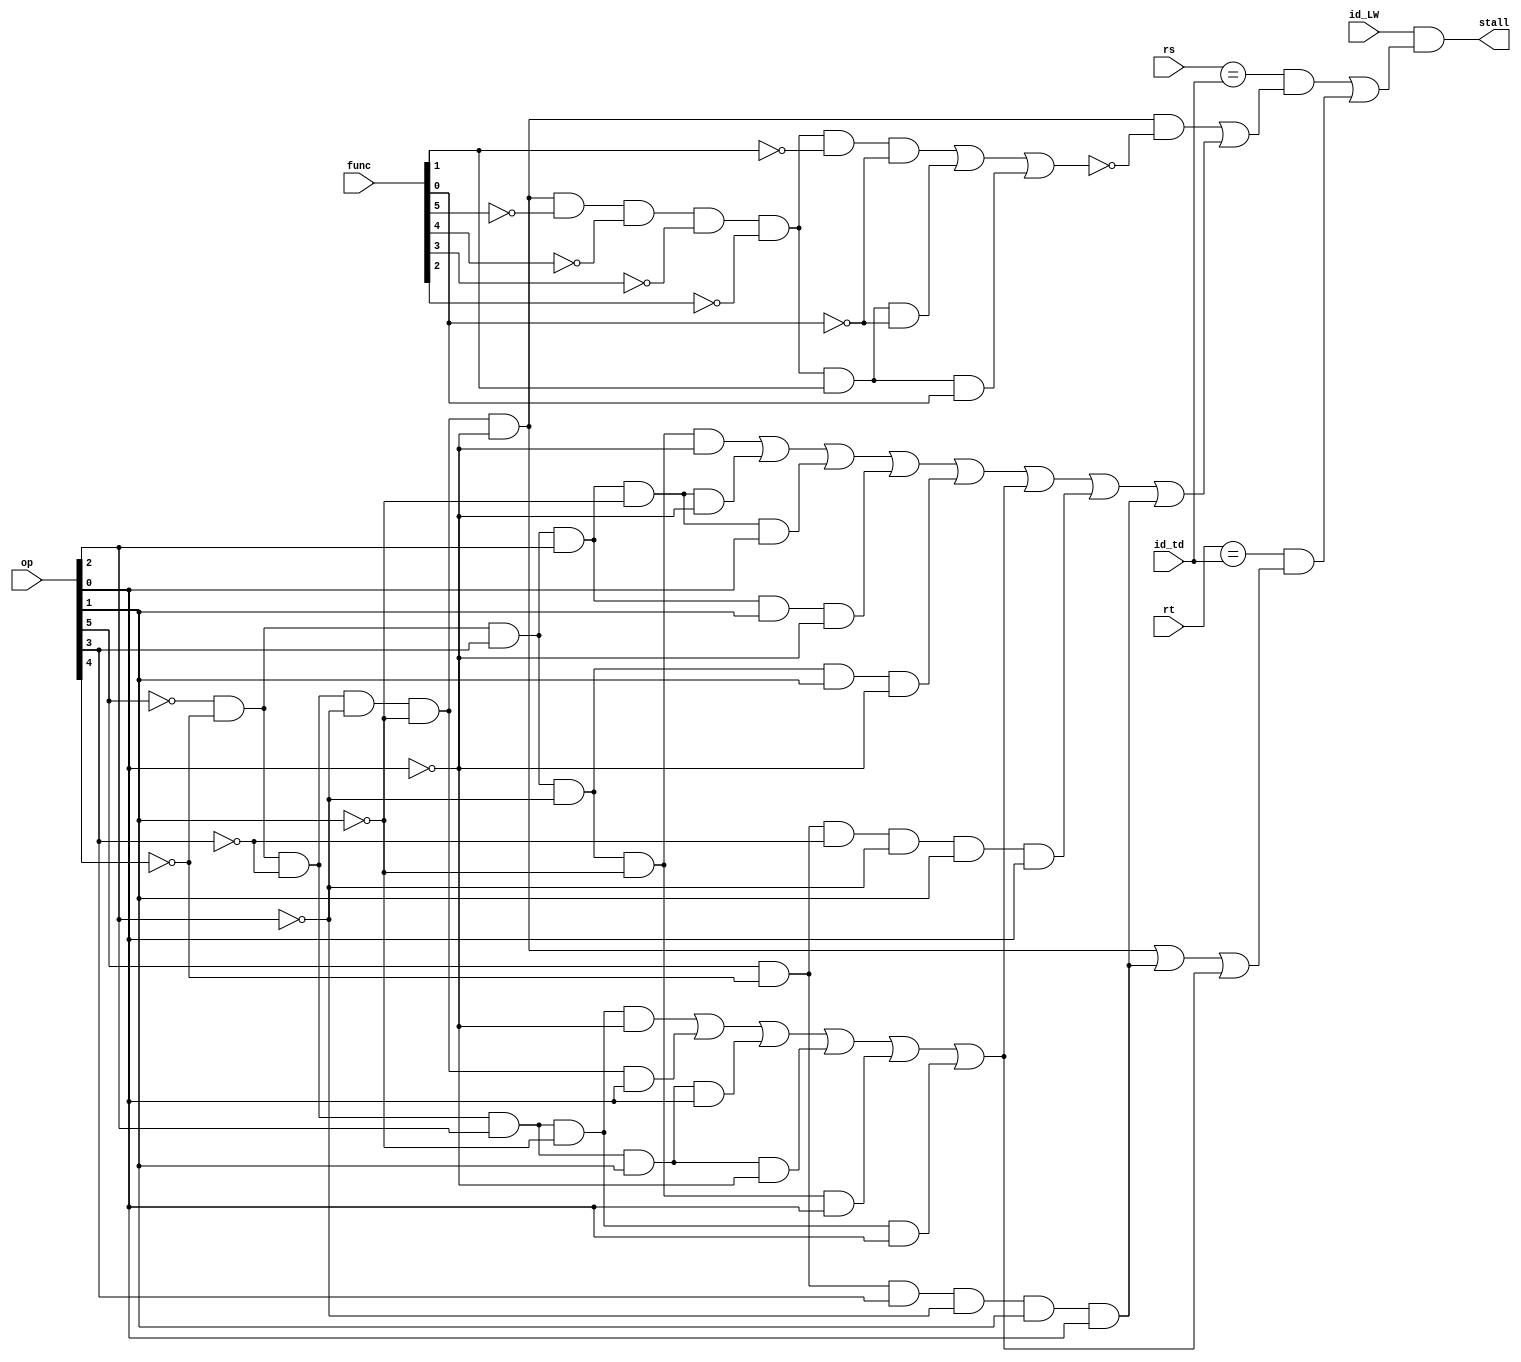
module StallControlLogic(
	rs,rt,op,func,
	id_td, id_LW,
	stall
    );
	input wire [4:0] rs, rt;
	input wire [5:0] op, func;
	input wire [4:0] id_td;
	input wire id_LW;
	output wire stall;
	wire rs_cnt, rt_cnt;
	wire r_type, s_type, i_sll, i_srl, i_sra;	
	wire i_addi,i_andi,i_ori,i_xori,i_slti,i_type,i_lw,i_sw;
	wire i_beq,i_bgez,i_bgtz,i_blez,i_bltz,i_bne;
	and(r_type,~op[5],~op[4],~op[3],~op[2],~op[1],~op[0]);
	or(s_type,i_sll, i_srl, i_sra);
	and(i_sll, r_type, ~func[5], ~func[4], ~func[3], ~func[2], ~func[1], ~func[0]);	
	and(i_srl, r_type, ~func[5], ~func[4], ~func[3], ~func[2], func[1], ~func[0]);	
	and(i_sra, r_type, ~func[5], ~func[4], ~func[3], ~func[2], func[1], func[0]);	
	or(i_type, i_addi, i_andi, i_ori, i_xori, i_slti, b_type, i_lw, i_sw );
	and(i_addi,~op[5],~op[4], op[3],~op[2],~op[1],~op[0]);	
	and(i_andi,~op[5],~op[4], op[3], op[2],~op[1],~op[0]);	
	and(i_ori, ~op[5],~op[4], op[3], op[2],~op[1], op[0]);
	and(i_xori,~op[5],~op[4], op[3], op[2], op[1],~op[0]);
	and(i_slti,~op[5],~op[4], op[3], ~op[2], op[1],~op[0]);
	and(i_lw, op[5],~op[4],~op[3],~op[2], op[1], op[0]);
	and(i_sw, op[5],~op[4], op[3],~op[2], op[1], op[0]);
	or(b_type, i_beq, i_bgez, i_bgtz, i_blez, i_bltz, i_bne);
	and(i_beq, ~op[5],~op[4],~op[3], op[2],~op[1],~op[0]);	
	and(i_bgez,~op[5],~op[4],~op[3], ~op[2],~op[1],op[0]);	
	and(i_bgtz,~op[5],~op[4],~op[3], op[2],op[1],op[0]);	
	and(i_blez,~op[5],~op[4],~op[3], op[2],op[1],~op[0]);	
	and(i_bltz,~op[5],~op[4],op[3], ~op[2],~op[1],op[0]);	
	and(i_bne, ~op[5],~op[4],~op[3], op[2],~op[1], op[0]);	
	assign rs_cnt = (r_type & ~s_type) | i_type;
	assign rt_cnt = r_type | i_sw | b_type;
	assign stall = id_LW & (((rs==id_td) & rs_cnt) | ((rt==id_td) & rt_cnt));
endmodule